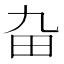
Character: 𤰚